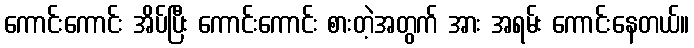
ကောင်းကောင်း အိပ်ပြီး ကောင်းကောင်း စားတဲ့အတွက် အား အရမ်း ကောင်းနေတယ်။